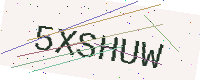
Text: 5XSHUW